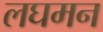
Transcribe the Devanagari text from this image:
लघमन